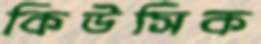
কিউসিক